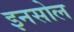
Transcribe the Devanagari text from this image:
इनसोल